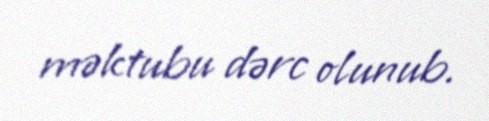
məktubu dərc olunub.